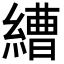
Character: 𦄧